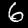
Digit: 6